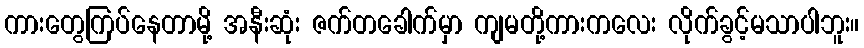
ကားတွေကြပ်နေတာမို့ အနီးဆုံး ဇက်တခေါက်မှာ ကျမတို့ကားကလေး လိုက်ခွင့်မသာပါဘူး။